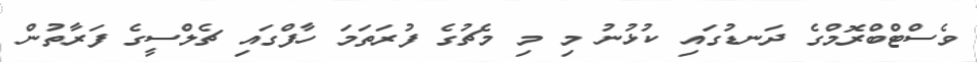
ވެސްޓްބްރޮމްގެ ދަނޑުގައި ކުޅުނު މި މި މެޗުގެ ފުރަތަމަ ހާފްގައި ޗެލްސީގެ ފަރާތުން